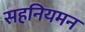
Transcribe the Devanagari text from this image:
सहनियमन